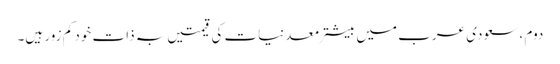
دوم ، سعودی عرب میں بیشتر معدنیات کی قیمتیں بہ ذات خود کم زور ہیں۔